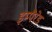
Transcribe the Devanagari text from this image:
इम्पैरेड